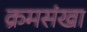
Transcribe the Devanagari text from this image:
क्रमसंखा